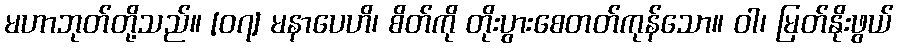
မဟာဘုတ်တို့သည်။ [၀၇] မနာပေဟိ၊ စိတ်ကို တိုးပွားစေတတ်ကုန်သော။ ဝါ၊ မြတ်နိုးဖွယ်